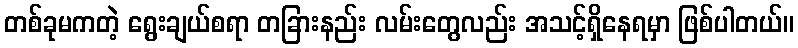
တစ်ခုမကတဲ့ ရွေးချယ်စရာ တခြားနည်း လမ်းတွေလည်း အသင့်ရှိနေရမှာ ဖြစ်ပါတယ်။